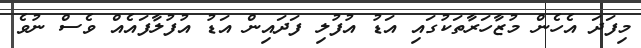
މިފަދަ އެހެން މުޒާހަރާތަކުގައި އަޑު އުފުލި ފަދައިން އަޑު އުފުލާފައެއް ވެސް ނުވެ